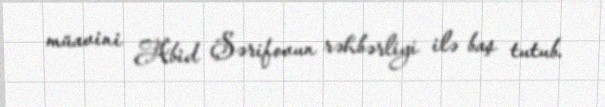
müavini Abid Şərifovun rəhbərliyi ilə baş tutub.